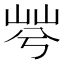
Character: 𡷬